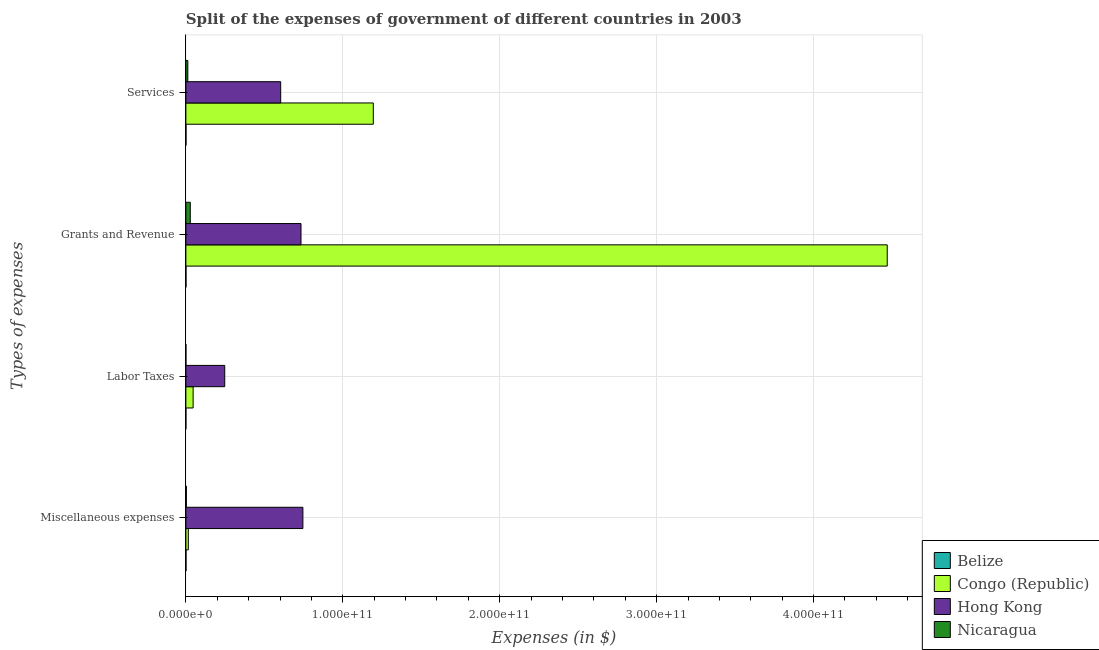
| Types of expenses | Belize | Congo (Republic) | Hong Kong | Nicaragua |
 | --- | --- | --- | --- | --- |
 | Miscellaneous expenses | 7.68e+07 | 1.55e+09 | 7.46e+10 | 3e+08 |
 | Labor Taxes | 6.14e+06 | 4.61e+09 | 2.48e+10 | 1.32e+07 |
 | Grants and Revenue | 5.82e+07 | 4.47e+11 | 7.34e+10 | 2.81e+09 |
 | Services | 7.34e+07 | 1.19e+11 | 6.04e+10 | 1.25e+09 |